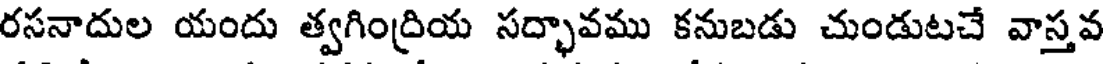
రసనాదుల యందు త్వగింద్రియ సద్భావము కనుబడు చుండుటచే వాస్తవ